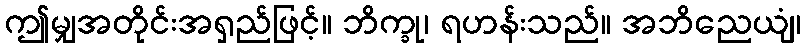
ဤမျှအတိုင်းအရှည်ဖြင့်။ ဘိက္ခု၊ ရဟန်းသည်။ အဘိညေယျံ၊